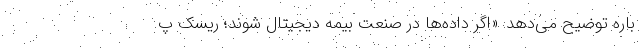
باره توضیح می‌دهد: «اگر داده‌ها در صنعت بیمه دیجیتال شوند؛ ریسک پ